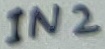
Text: IN2